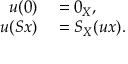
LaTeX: \begin{array} { r l } { u ( 0 ) } & { { } = 0 _ { X } , } \\ { u ( S x ) } & { { } = S _ { X } ( u x ) . } \end{array}